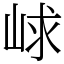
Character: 㟈